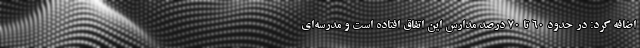
اضافه کرد: در حدود ۶۰ تا ۷۰ درصد مدارس این اتفاق افتاده است و مدرسه‌ای